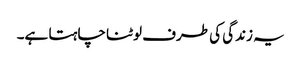
یہ زندگی کی طرف لوٹنا چاہتا ہے۔